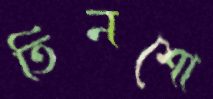
তিনশো